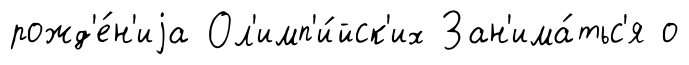
рожд'е́н'иjа Ол'имп'и́йск'их Зан'има́тьс'я о